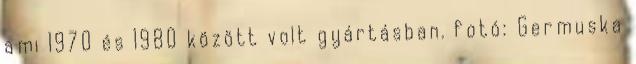
ami 1970 és 1980 között volt gyártásban. fotó: Germuska